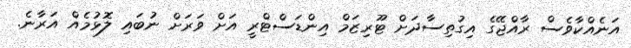
އަނެއްކާވެސް ރާއްޖޭގެ އިގުތިސާދަށް ޓޫރިޒަމް އިންޑަސްޓްރީ އަށް ވަރަށް ނުބައި ލޮޅުމެއް އަރާނެ.